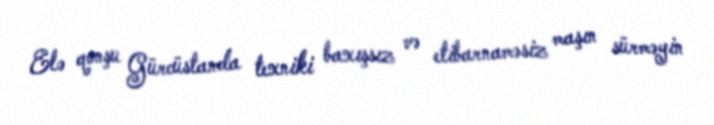
Elə qonşu Gürcüstanda texniki baxışsız və etibarnaməsiz maşın sürməyin